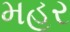
મહૂર